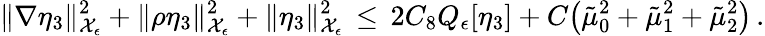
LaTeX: \| \nabla\eta_{3}\| _{\mathcal{X}_{\epsilon}}^{2}+\| \rho\eta_{3}\| _{\mathcal{X}_{\epsilon}}^{2}+\| \eta_{3}\| _{\mathcal{X}_{\epsilon}}^{2}\, \le\, 2C_{8}Q_{\epsilon}[\eta_{3}]+C\bigl(\tilde{\mu}_{0}^{2}+\tilde{\mu}_{1}^{2}+\tilde{\mu}_{2}^{2}\bigr)\, .